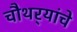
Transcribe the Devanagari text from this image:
चौथर्‍यांचे